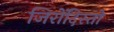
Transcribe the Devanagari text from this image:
जिरोंदिस्तो